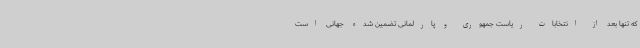
که تنها بعد از انتخابات ریاست جمهوری و پارلمانی تضمین شده جهانی است